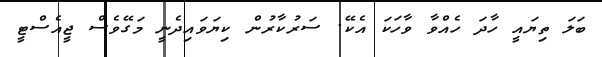
ބަލަ ތިޔައީ ހާދަ ހެއްވާ ވާހަކަ އެކޭ. ސަރުކާރުން ކިޔަވައިދެނީ މަގޭވެސް ޖީއެސްޓީ